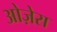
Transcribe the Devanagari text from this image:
ओज़ेरा